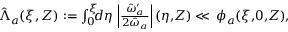
\begin{array} { r } { \hat { \Lambda } _ { a } ( \xi , Z ) : = \int _ { 0 } ^ { \xi } \! \! \! d \eta \, \left| \frac { \hat { \omega } _ { a } ^ { \prime } } { 2 \hat { \omega } _ { a } } \right| ( \eta , \! Z ) \ll \, \phi _ { a } ( \xi , \! 0 , \! Z ) , } \end{array}